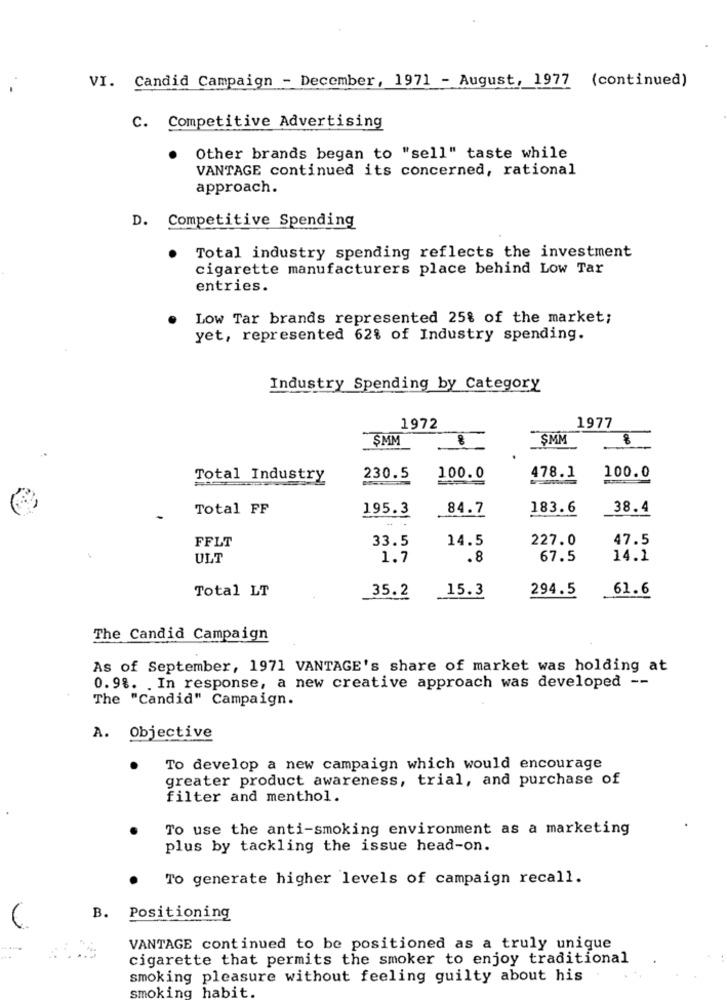
VI. Candid Campaign - December, 1971 - August, 1977 (continued)
C. Competitive Advertising
Other brands began to "sell" taste while
VANTAGE continued its concerned, rational
approach.
D. Competitive Spending
Total industry spending reflects the investment
cigarette manufacturers place behind Low Tar
entries.
Low Tar brands represented 25% of the market;
yet, represented 62% of Industry spending.
Industry Spending by Category
1972
1977
SMM
SMM
Total Industry
230.5
100.0
478.1
100.0
Total FF
195.3
84.7
183.6
38.4
-
33.5
14.5
227.0
47.5
FFLT
ULT
1.7
.8
67.5
14.1
Total LT
35.2
15.3
294.5
61.6
The Candid Campaign
As of September, 1971 VANTAGE's share of market was holding at
0.9%. . In response, a new creative approach was developed --
The "Candid" Campaign.
A. Objective
To develop a new campaign which would encourage
greater product awareness, trial, and purchase of
filter and menthol.
To use the anti-smoking environment as a marketing
plus by tackling the issue head-on.
To generate higher levels of campaign recall.
B.
Positioning
VANTAGE continued to be positioned as a truly unique
cigarette that permits the smoker to enjoy traditional
smoking pleasure without feeling guilty about his
smoking habit.